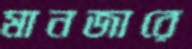
মানজারে